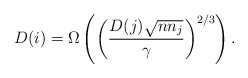
\begin{align*} D(i) = \Omega\left(\left(\frac{D(j)\sqrt{n n_j}}{\gamma}\right)^{2/3}\right). \end{align*}